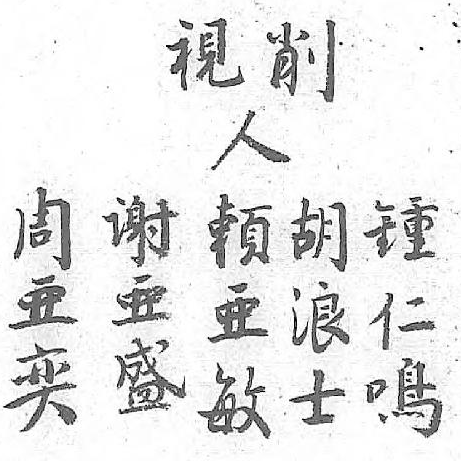
削人鍾周谢胡赖視 仁亜亜浪亜  鳴奕盛士敏